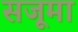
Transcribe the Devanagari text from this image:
सजूमा